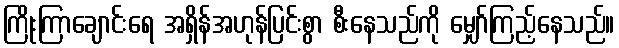
ကြိုးကြာချောင်းရေ အရှိန်အဟုန်ပြင်းစွာ စီးနေသည်ကို မျှော်ကြည့်နေသည်။